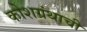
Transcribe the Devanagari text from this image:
कोशग्रंथाची